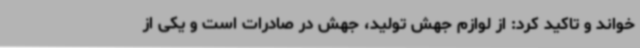
خواند و تاکید کرد: از لوازم جهش تولید، جهش در صادرات است و یکی از